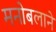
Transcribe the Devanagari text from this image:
मनोबलाने